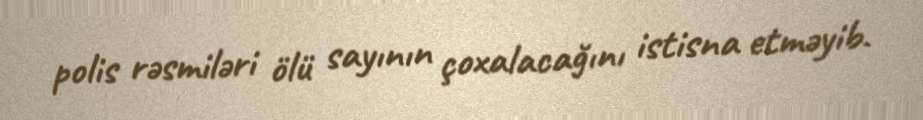
polis rəsmiləri ölü sayının çoxalacağını istisna etməyib.